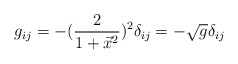
\begin{align*}g_{ij} = - ({2 \over 1+ \vec x^2})^2\delta_{ij}= - \sqrt g \delta_{ij}\end{align*}